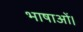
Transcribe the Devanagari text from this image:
भाषाओं।